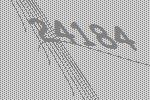
24184